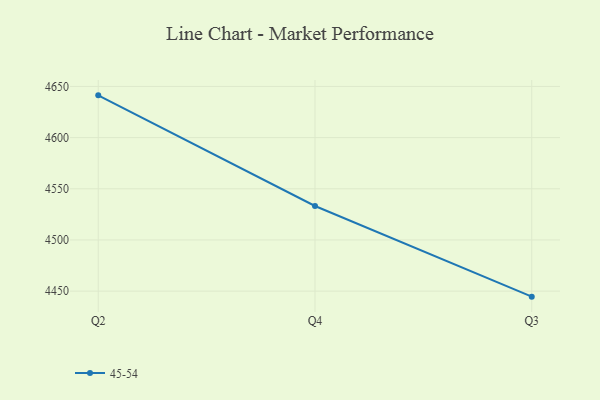
{"axis": {"x": "Quarter", "y": "Energy Usage (MWh)"}, "legend": ["45-54"], "data": [{"x": "Q2", "y": 4641.3, "type": "45-54"}, {"x": "Q4", "y": 4533.2, "type": "45-54"}, {"x": "Q3", "y": 4444.6, "type": "45-54"}]}